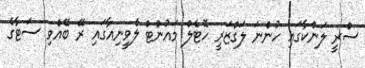
ސްރީ ލަންކާގައި ހުންނަ ލަގްޒަރީ ހޮޓެލް މައުންޓް ލެވީނިއާގައި ރޭ ބޭއްވި ސަޓާގެ